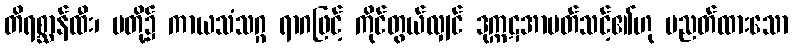
တိရစ္ဆာန်ထီး၊ မတို့၌ ကာယသံသဂ္ဂ ရာဂဖြင့် ကိုင်တွယ်လျှင် ဒုက္ကဋအာပတ်သင့်၏ဟု ပညတ်ထားသော